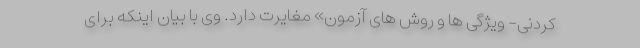
کردنی- ویژگی ها و روش های آزمون» مغایرت دارد. وی با بیان اینکه برای